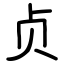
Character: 贞